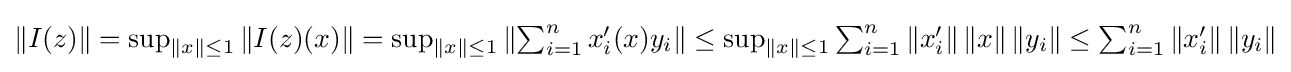
{\textstyle \|I(z)\|=\sup _{\|x\|\leq 1}\|I(z)(x)\|=\sup _{\|x\|\leq 1}\left\|\sum _{i=1}^{n}x_{i}'(x)y_{i}\right\|\leq \sup _{\|x\|\leq 1}\sum _{i=1}^{n}\left\|x_{i}'\right\|\|x\|\left\|y_{i}\right\|\leq \sum _{i=1}^{n}\left\|x_{i}'\right\|\left\|y_{i}\right\|}